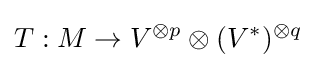
T:M\rightarrow V^{\otimes p}\otimes (V^{*})^{\otimes q}